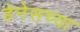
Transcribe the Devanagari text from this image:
डेनेसच्या